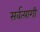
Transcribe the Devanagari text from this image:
सर्वत्यागी